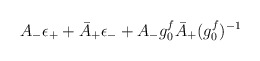
\begin{align*}A_{-}\epsilon_{+}+\bar{A}_{+}\epsilon_{-}+A_{-}g_{0}^{f}\bar{A}_{+}({g_{0}^{f}})^{-1}\end{align*}